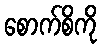
စောက်စိကို